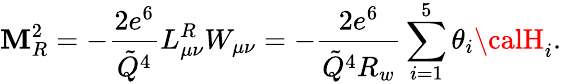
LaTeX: \mathbf{M}_{R}^{2}=-{\frac{{2e^{6}}}{{\tilde{{Q}}^{4}}}}L_{\mu\nu}^{R}W_{\mu\nu}=-{\frac{{2e^{6}}}{{\tilde{{Q}}^{4}R_{w}}}}\sum_{i=1}^{5}\theta_{i}{\calH}_{i}.